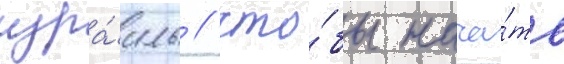
изра́иль / что́бы нача́ть